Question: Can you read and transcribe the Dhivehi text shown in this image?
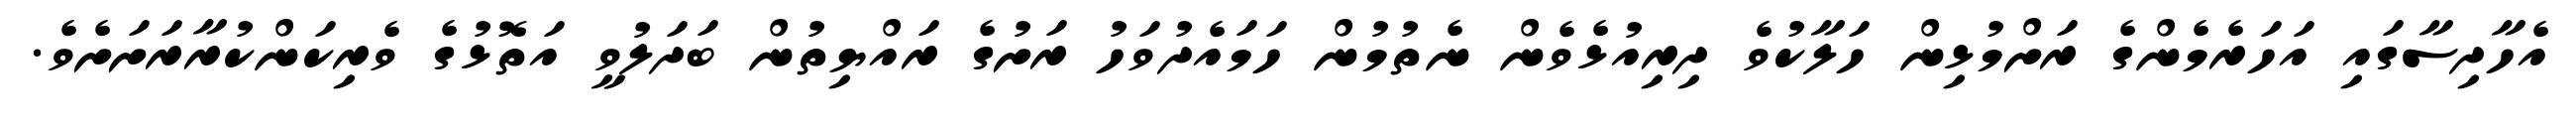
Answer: އެހާދިސާގައި އަހަރެމެންގެ ރަށްމުޅިން ހަލާކުވެ ދިރިއުޅެވެން ނެތުމުން ހަމައެދުވަހު ރަށުގެ ރައްޔިތުން ބަދަލުވީ އަތޮޅުގެ ވެރިކަންކުރާރަށަށެވެ.